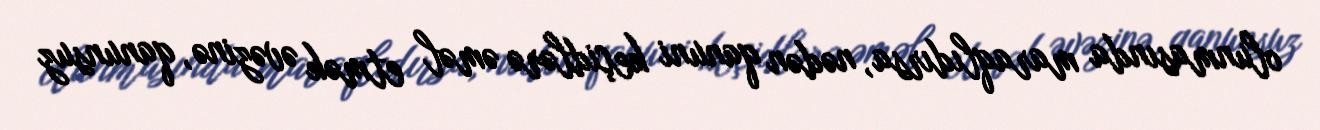
olunmasında maraqlıdırsa, nədən qanuni keçidlərə əməl etmək əvəzinə, qanunsuz